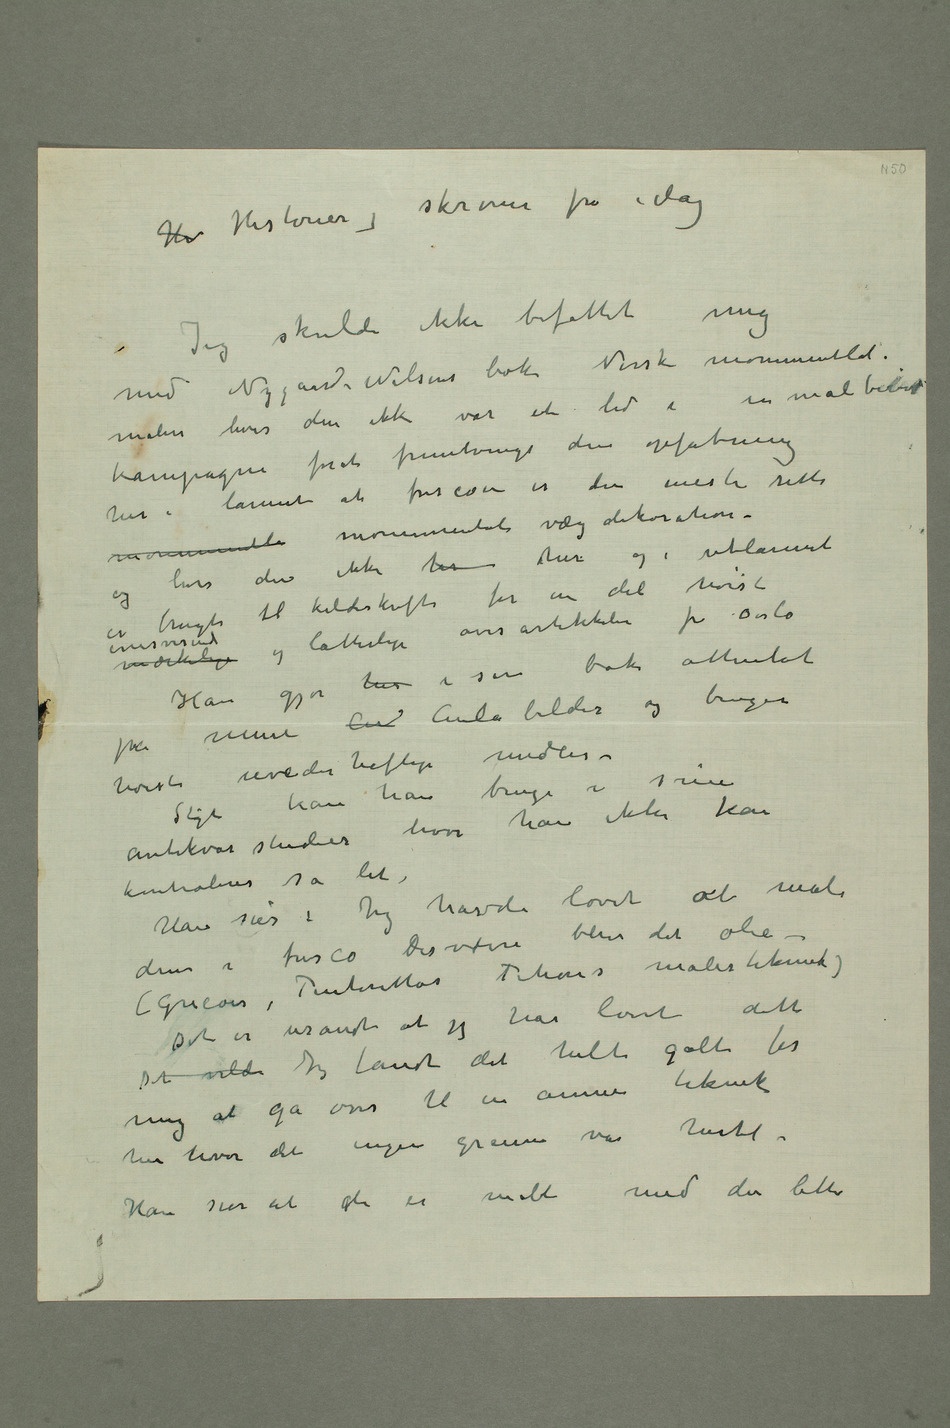
skrøner fra idag
Jeg skulde ikke befattet mig
maleri hvis den ikke var et led i en målbevist
kampagne forat fremtvinge den opfatning her i
lannet at frescoen er den eneste rette
hvis den ikke her her og i utlannet
bok attentat
Sligt kan han bruge i sine
hvor han ikke kan
kontroleres så let.
Han sier: Jeg havde lovet at male
dem i fresco Desværre
Tintorettos Titians
Det er usandt at jeg har lovet dette.
Det vilde Jeg fandt det helt galt for
mig at gå over til en annen teknik
her hvor det ingen grunne var hertil.
Han sier at de er malt med den lette